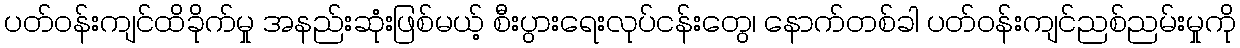
ပတ်ဝန်းကျင်ထိခိုက်မှု အနည်းဆုံးဖြစ်မယ့် စီးပွားရေးလုပ်ငန်းတွေ၊ နောက်တစ်ခါ ပတ်ဝန်းကျင်ညစ်ညမ်းမှုကို